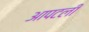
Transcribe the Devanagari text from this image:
आपटली